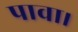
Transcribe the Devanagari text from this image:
पावा।